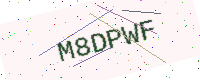
Text: M8DPWF